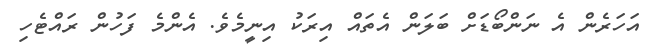
އަހަރެން އެ ނަންބޯޑަށް ބަލަން އެތައް އިރަކު އިނީމެވެ. އެންމެ ފަހުން ރައްޓެހި